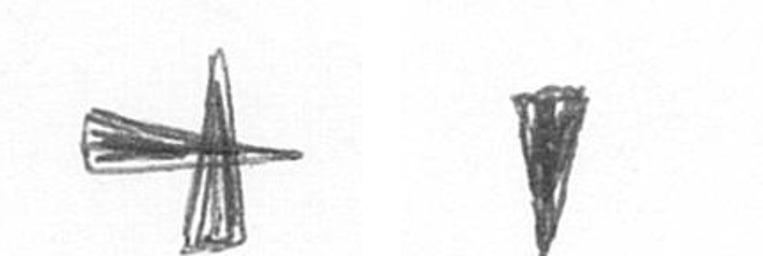
G J